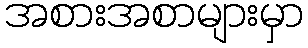
အစားအစာများမှာ